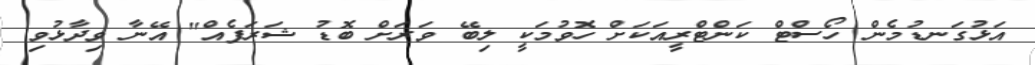
އަޅުގަނޑުމެން ހޯސްޓް ކަންޓްރީއަކަށް ހޮވުމަކީ ލިބޭ ވަރަށް ބޮޑު ޝަރަފެއް" އޭނާ ވިދާޅުވި